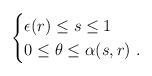
LaTeX: \begin{align*} \begin{cases} \epsilon(r)\leq s\leq 1 \\ 0\leq\theta\leq \alpha(s,r)\ . \end{cases}\end{align*}